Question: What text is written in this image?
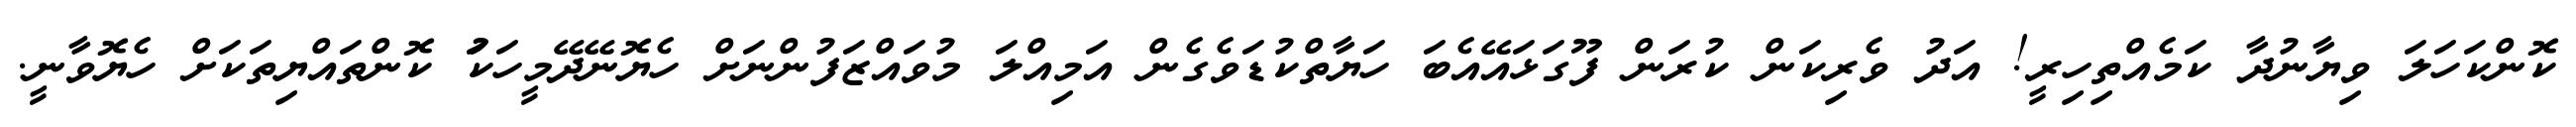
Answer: ކޮންކަހަލަ ވިޔާނުދާ ކަމެއްތިހިރީ! އަދު ވެރިކަން ކުރަން ފޫގަޅައޭއެބަ ހަޔާތްކުޑަވެގެން އަމިއްލަ މުވައްޒަފުންނަށް ހެޔޮނޭދޭމީހަކަު ކޮންތައްޔިތަކަށް ހެޔޮވާނީ.